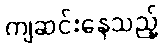
ကျဆင်းနေသည့်